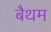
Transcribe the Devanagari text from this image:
बैथम